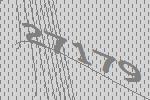
27179